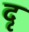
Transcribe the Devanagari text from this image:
दृ